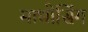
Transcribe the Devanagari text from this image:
माधोसिंग